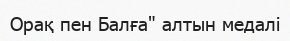
Орақ пен Балға" алтын медалі